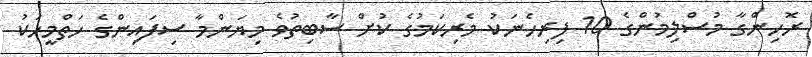
ރޮހިންގާ މުސްލިމުންގެ 10 ފިރިހެނަކު މެރިކަމުގެ ކުށް ސާބިތުވެ މިޔަންމާ ސިފައިންގެ ހަތްމީހަކު